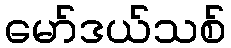
မော်ဒယ်သစ်